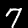
Label: 7